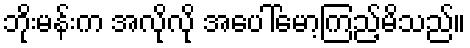
ဘိုးမန်းက အလိုလို အပေါ်မော့ကြည့်မိသည်။